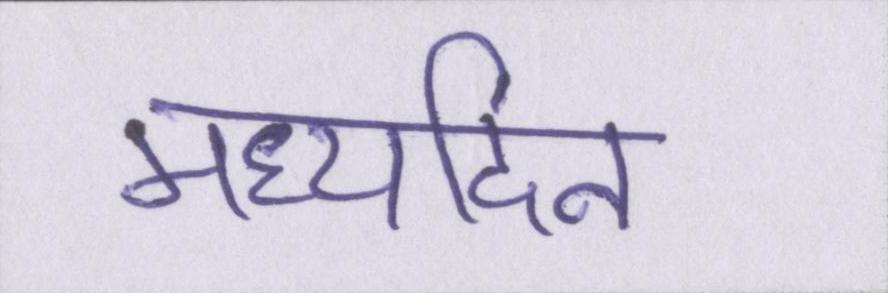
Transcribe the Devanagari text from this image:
मध्यदिन